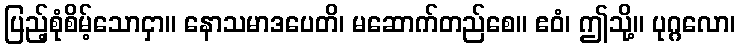
ပြည့်စုံစိမ့်သောငှာ။ နောသမာဒပေတိ၊ မဆောက်တည်စေ။ ဧဝံ၊ ဤသို့။ ပုဂ္ဂလော၊